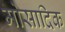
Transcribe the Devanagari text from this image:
मोसादिक